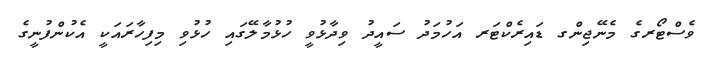
ވެސްޓޯރގެ މެނޭޖިންގ ޑައިރެކްޓަރ އަހުމަދު ސައީދު ވިދާޅުވީ ހުޅުމާލޭގައި ހުޅުވި މިފިހާރައަކީ އެކުންފުނީގެ